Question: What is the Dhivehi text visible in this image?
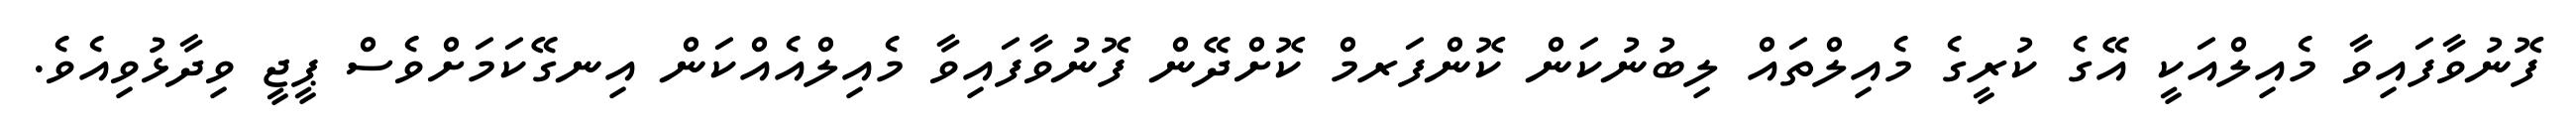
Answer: ފޮނުވާފައިވާ މެއިލްއަކީ އޭގެ ކުރީގެ މެއިލްތައް ލިބުނުކަން ކޮންފަރމް ކޮށްދޭން ފޮނުވާފައިވާ މެއިލްއެއްކަން އިނގޭކަމަށްވެސް ޕީޖީ ވިދާޅުވިއެވެ.